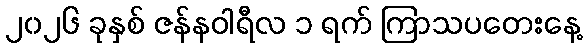
၂၀၂၆ ခုနှစ် ဇန်နဝါရီလ ၁ ရက် ကြာသပတေးနေ့